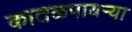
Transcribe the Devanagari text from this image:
कातळपायऱ्या